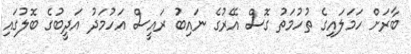
ބާރަށް ހަމަލައިގެ ތުހުމަތު ގޮސް އޭރުގެ ނައިބު ރައީސް އަހުމަދު އަދީބުގެ ބޮލުގައި